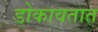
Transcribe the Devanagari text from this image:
डोकावतात